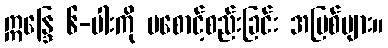
ဣန္ဒြေ ၆-ပါးကို မစောင့်စည်းခြင်း အပြစ်များ။